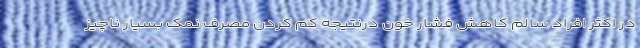
در اکثر افراد سالم کاهش فشار خون درنتیجه کم کردن مصرف نمک بسیار ناچیز